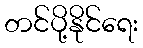
တင်ပို့နိုင်ရေး